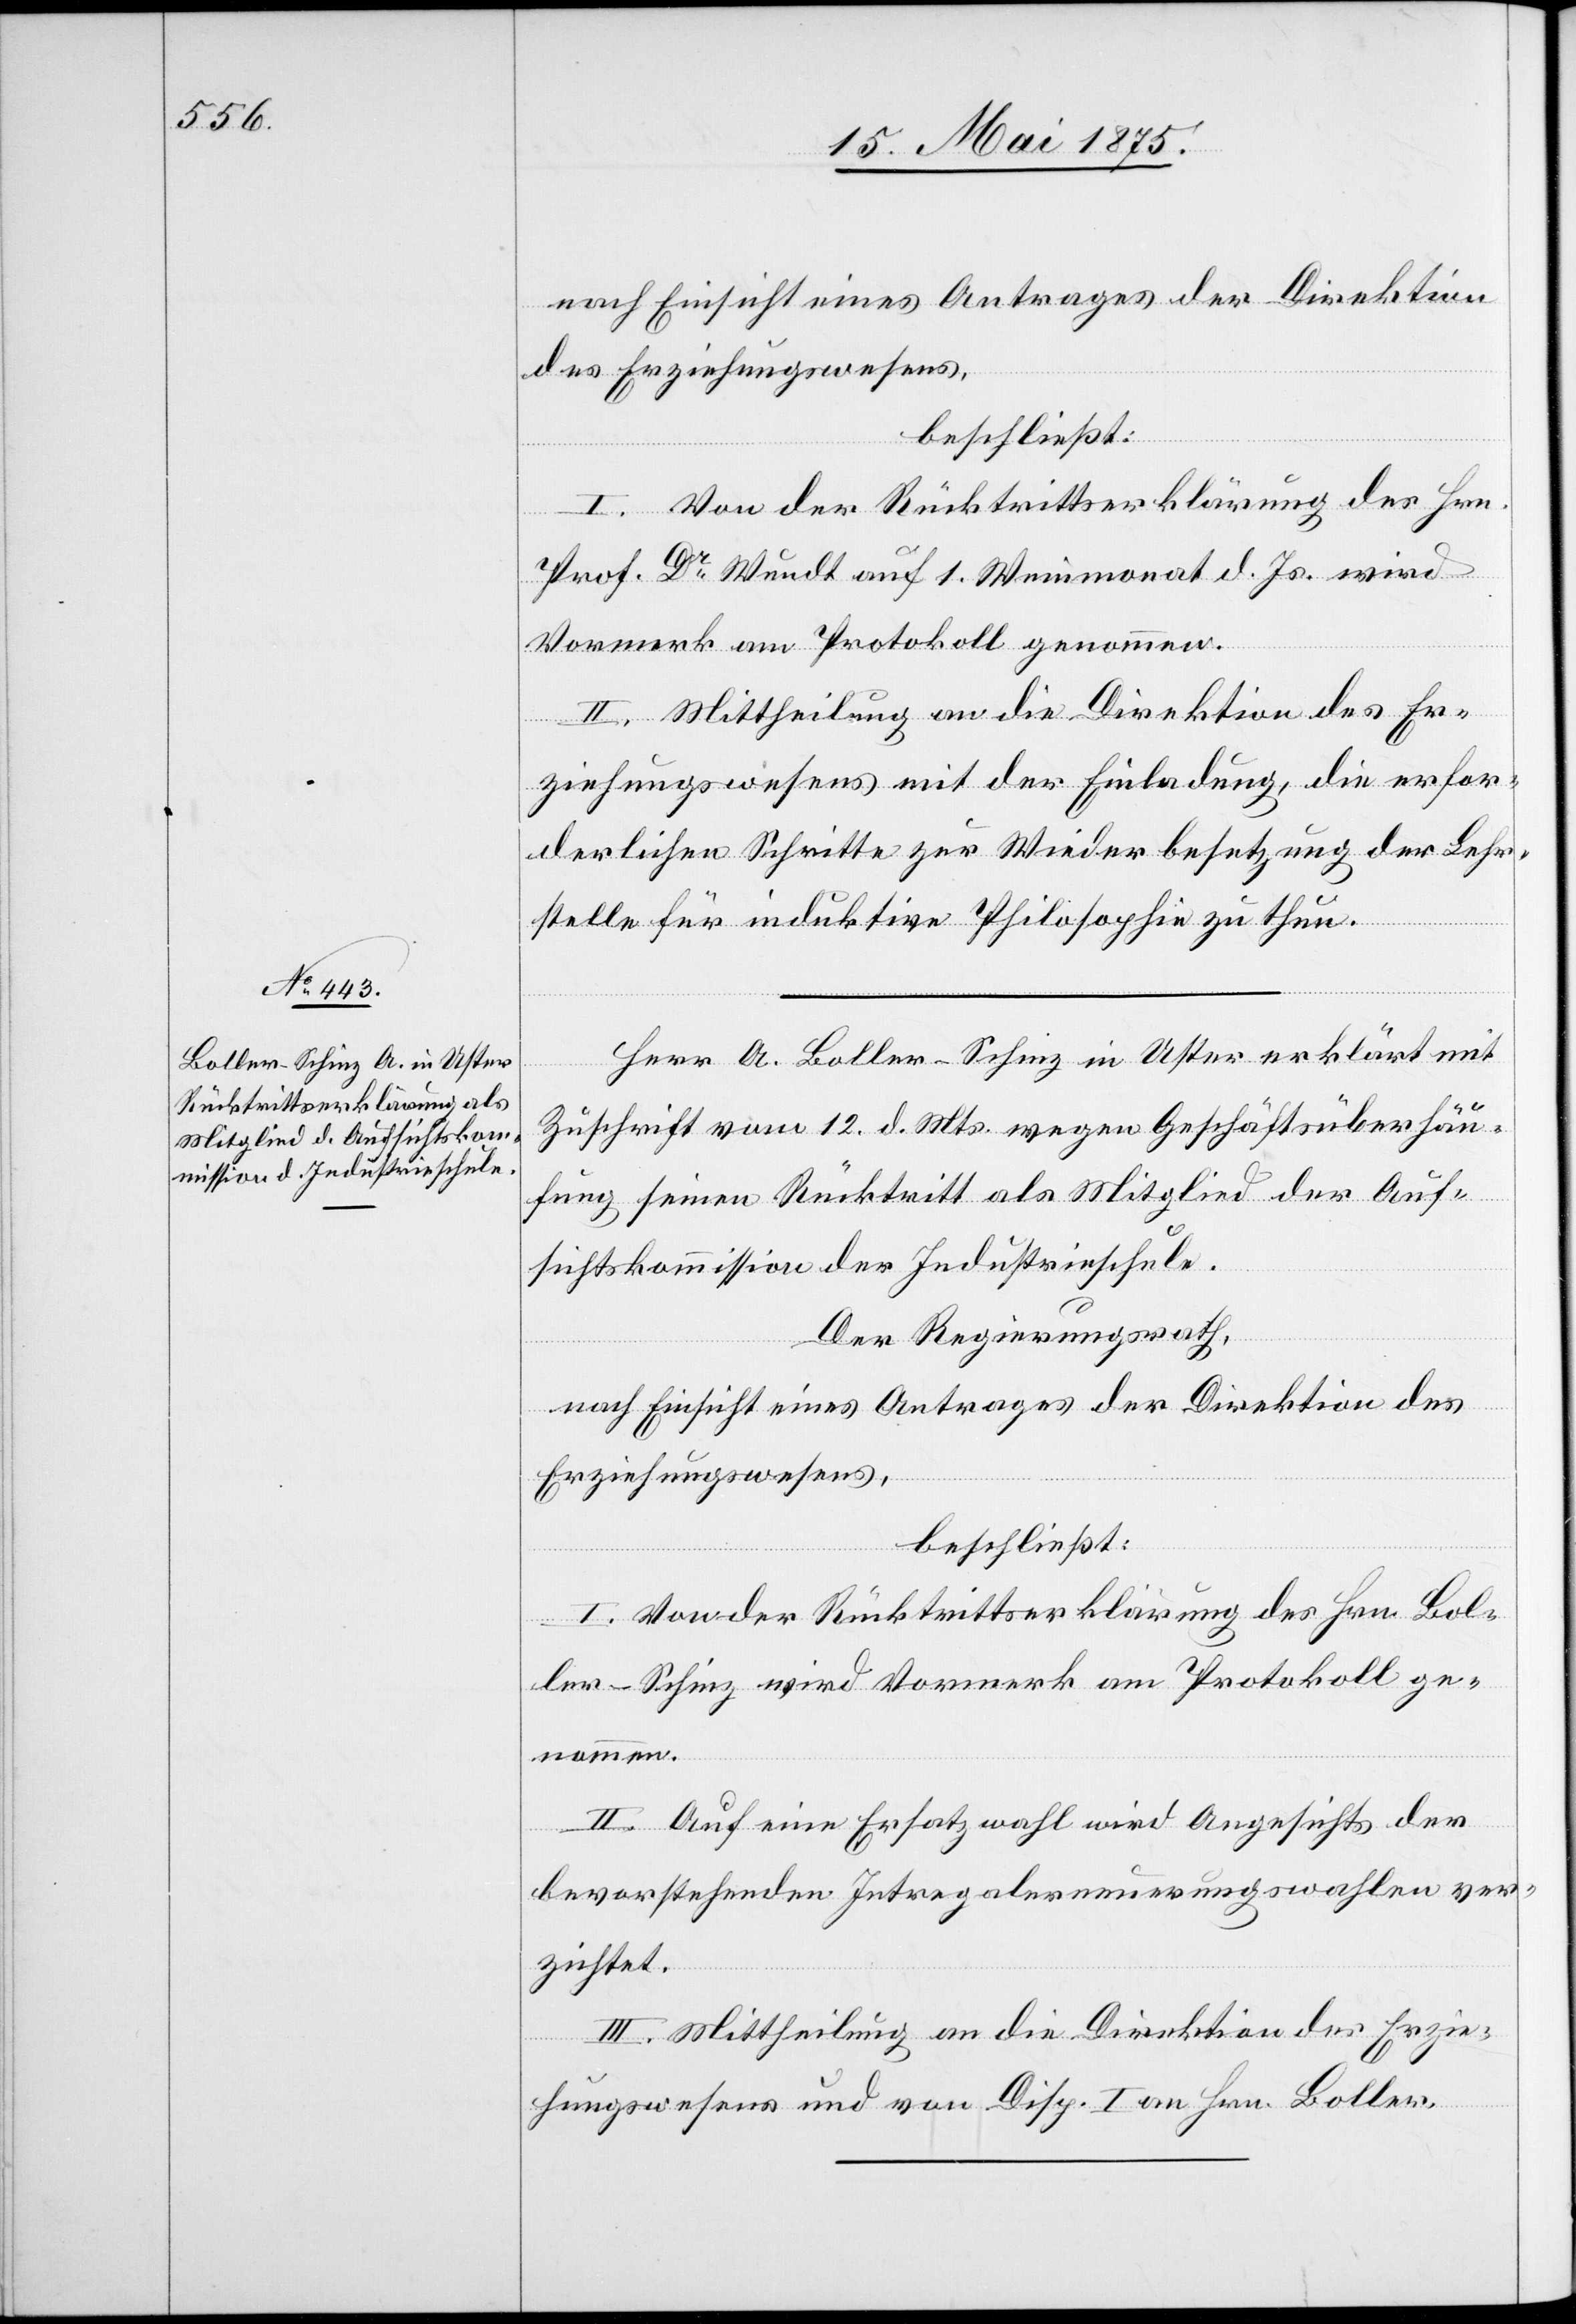
nach Einsicht eines Antrages er Direktion
des Erziehungswesens,
beschließt:
I. Von der Rücktrittserklärung des Hrn.
Prof. Dr. Wundt auf 1. Weinmonat d. Js. wird
Vormerk am Protokoll genommen.
II. Mittheilung an die Direktion des Er¬
ziehungswesens mit der Einladung, die erfor¬
derlichen Schritte zur Wiederbesetzung der Lehr¬
stelle für induktive Philosophie zu thun.
Herr A. Boller-Schinz in Uster erklärt mit
Zuschrift vom 12. d. Mts. wegen Geschäftsüberhäu¬
fung seinen Rücktritt als Mitglied der Auf¬
sichtskommission der Industrieschule.
Der Regierungsrath,
nach Einsicht eines Antrages der Direktion des
Erziehungswesens,
beschließt:
I. Von der Rücktrittserklärung des Hrn. Bol¬
ler-Schinz wird Vormerk am Protokoll ge¬
nommen.
II. Auf eine Ersatzwahl wird Angesichts der
bevorstehenden Integralerneuerungswahlen ver¬
zichtet.
III. Mittheilung an die Direktion des Erzie¬
hungswesens und von Disp. I an Hrn.Boller.